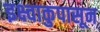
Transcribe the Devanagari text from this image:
इक्ष्वाकुपासून